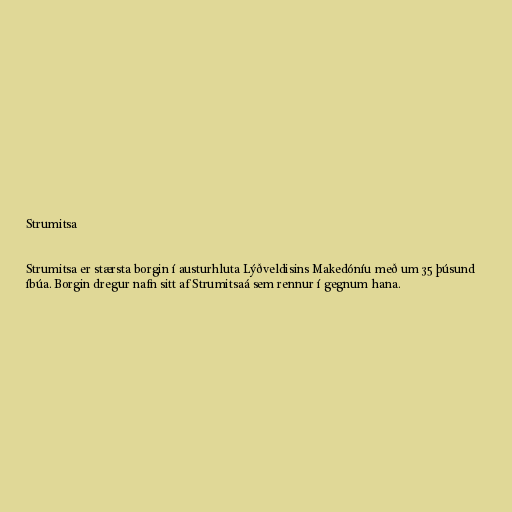
Strumitsa

Strumitsa er stærsta borgin í austurhluta Lýðveldisins Makedóníu með um 35 þúsund
íbúa. Borgin dregur nafn sitt af Strumitsaá sem rennur í gegnum hana.